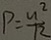
P = \frac { u ^ { 2 } } { 1 2 }